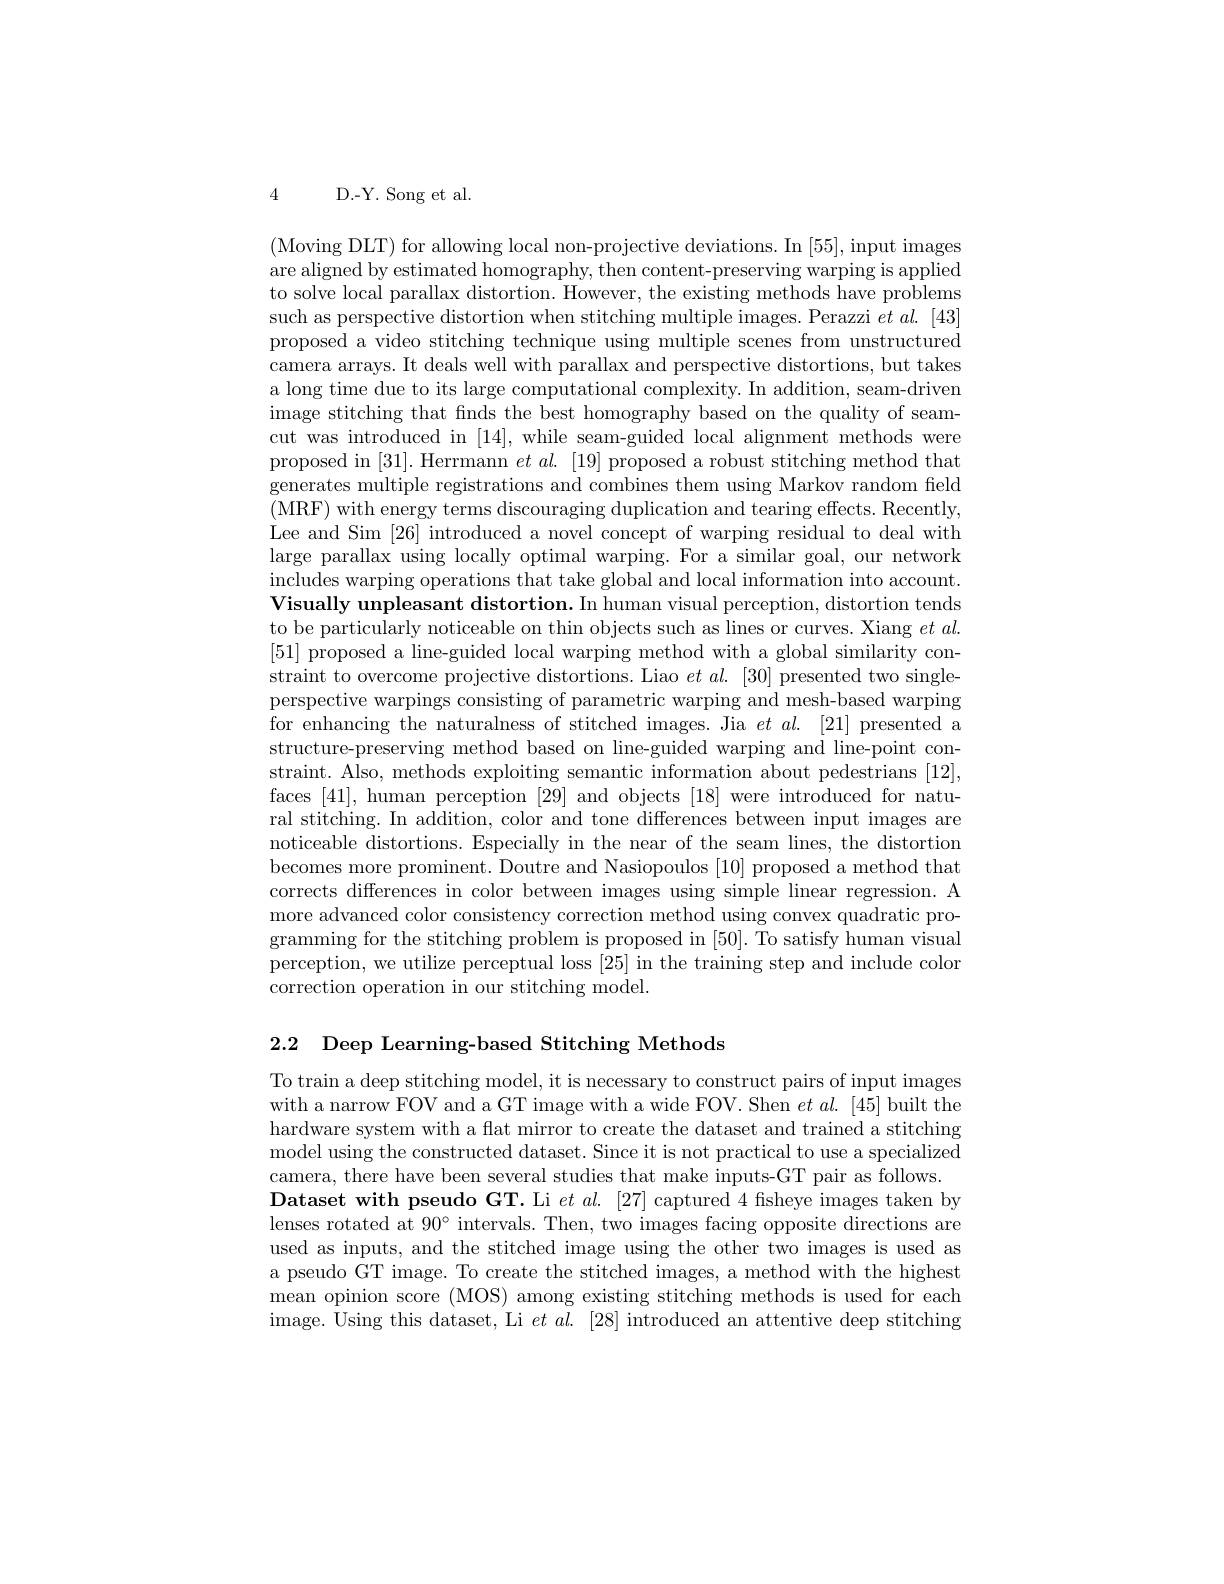
4 D.-Y. Song et al.

(Moving DLT) for allowing local non-projective deviations. In [55], input images are aligned by estimated homography, then content-preserving warping is applied to solve local parallax distortion. However, the existing methods have problems such as perspective distortion when stitching multiple images. Perazzi $et\textit{al. [ 43] }$ proposed a video stitching technique using multiple scenes from unstructured camera arrays. It deals well with parallax and perspective distortions, but takes a long time due to its large computational complexity. In addition, seam-driven image stitching that finds the best homography based on the quality of seamcut was introduced in [14], while seam-guided local alignment methods were proposed in [31]. Herrmann $et\textit{al. }[ 19]$ proposed a robust stitching method that generates multiple registrations and combines them using Markov random field (MRF) with energy terms discouraging duplication and tearing effects. Recently, Lee and Sim [26] introduced a novel concept of warping residual to deal with large parallax using locally optimal warping. For a similar goal, our network $\begin{array}{c}\mathrm{includes~warping~operations~that~take~global~and~local~information~into~account.}\end{array}$ Visually unpleasant distortion. In human visual perception, distortion tends to be particularly noticeable on thin objects such as lines or curves. Xiang $et\textit{al. }$ [51] proposed a line-guided local warping method with a global similarity constraint to overcome projective distortions. Liao $et\textit{al. [ 30] presented two single- }$ perspective warpings consisting of parametric warping and mesh-based warping for enhancing the naturalness of stitched images. Jia $et\textit{al. [ 21] presented a}$ structure-preserving method based on line-guided warping and line-point constraint. Also, methods exploiting semantic information about pedestrians [12], faces [41], human perception [29] and objects [18] were introduced for natural stitching. In addition, color and tone differences between input images are noticeable distortions. Especially in the near of the seam lines, the distortion becomes more prominent. Doutre and Nasiopoulos [10] proposed a method that corrects differences in color between images using simple linear regression. A more advanced color consistency correction method using convex quadratic programming for the stitching problem is proposed in [50]. To satisfy human visual perception, we utilize perceptual loss [25] in the training step and include color correction operation in our stitching model.

2.2 Deep Learning-based Stitching Methods

To train a deep stitching model, it is necessary to construct pairs of input images with a narrow FOV and a GT image with a wide FOV. Shen $et\textit{al. [ 45] built the}$ hardware system with a flat mirror to create the dataset and trained a stitching model using the constructed dataset. Since it is not practical to use a specialized camera, there have been several studies that make inputs-GT pair as follows.
Dataset with pseudo GT. Li $et\textit{al. [ 27] captured 4 fisheye images taken by}$ lenses rotated at $90^{\circ}$ intervals. Then, two images facing opposite directions are used as inputs, and the stitched image using the other two images is used as a pseudo GT image. To create the stitched images, a method with the highest mean opinion score (MOS) among existing stitching methods is used for each image. Using this dataset, Li $et\textit{al. }[ 28]$ introduced an attentive deep stitching